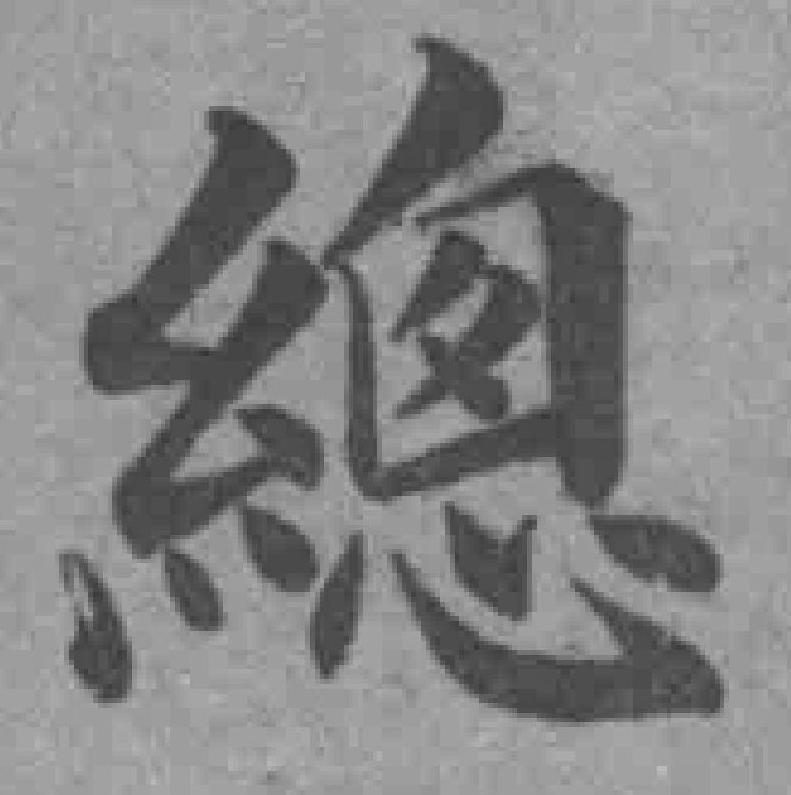
總